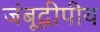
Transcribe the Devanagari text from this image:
जंबूद्वीपीय